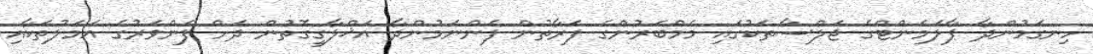
ހިނގަމުންދާ ޕާލަމެންޓްގެ ޖަލްސާތަކުގައި މެމްބަރުންގެ ފަރާތުން ފެންނަމުންދާ އަޚްލާގީގޮތުން ދަށް ފެންވަރުގެ އަމަލުތަކާއި